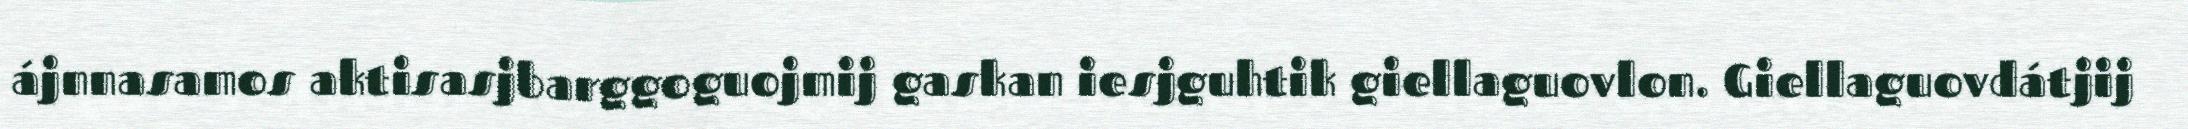
ájnnasamos aktisasjbarggoguojmij gaskan iesjguhtik giellaguovlon. Giellaguovdátjij